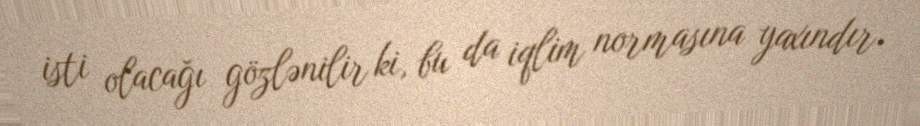
isti olacağı gözlənilir ki, bu da iqlim normasına yaxındır.